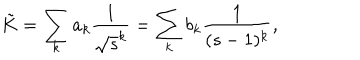
\tilde { K } = \sum _ { k } a _ { k } \frac { 1 } { \sqrt { s } ^ { k } } = \sum _ { k } b _ { k } \frac { 1 } { ( s - 1 ) ^ { k } } ,